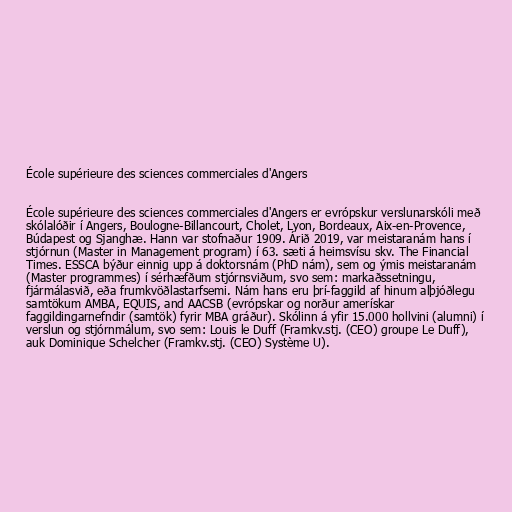
École supérieure des sciences commerciales d'Angers

École supérieure des sciences commerciales d'Angers er evrópskur verslunarskóli með
skólalóðir í Angers, Boulogne-Billancourt, Cholet, Lyon, Bordeaux, Aix-en-Provence,
Búdapest og Sjanghæ. Hann var stofnaður 1909. Árið 2019, var meistaranám hans í
stjórnun (Master in Management program) í 63. sæti á heimsvísu skv. The Financial
Times. ESSCA býður einnig upp á doktorsnám (PhD nám), sem og ýmis meistaranám
(Master programmes) í sérhæfðum stjórnsviðum, svo sem: markaðssetningu,
fjármálasvið, eða frumkvöðlastarfsemi. Nám hans eru þrí-faggild af hinum alþjóðlegu
samtökum AMBA, EQUIS, and AACSB (evrópskar og norður amerískar
faggildingarnefndir (samtök) fyrir MBA gráður). Skólinn á yfir 15.000 hollvini (alumni) í
verslun og stjórnmálum, svo sem: Louis le Duff (Framkv.stj. (CEO) groupe Le Duff),
auk Dominique Schelcher (Framkv.stj. (CEO) Système U).